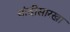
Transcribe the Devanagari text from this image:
चांदीसारखा